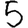
Digit: 5